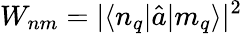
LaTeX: W_{nm}=|\langle n_{q}|\hat{a}|m_{q}\rangle|^{2}